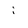
Character: i